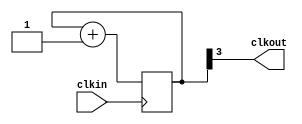
//Author - Chathura Jayasankha Gamage

module clock_divider
(
input clkin,
output clkout
);

reg [7:0] counter = 0;

always @(posedge clkin)
begin

counter<=counter+1;

end

assign  clkout = counter[3];

endmodule